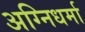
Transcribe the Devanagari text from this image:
अग्निधर्मा